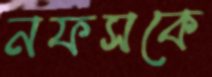
নফসকে